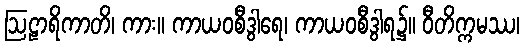
ဩဠာရိကာတိ၊ ကား။ ကာယဝစီဒွါရေ၊ ကာယဝစီဒွါရ၌။ ဝီတိက္ကမဿ၊